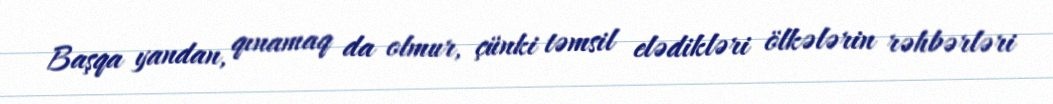
Başqa yandan, qınamaq da olmur, çünki təmsil elədikləri ölkələrin rəhbərləri